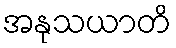
အနုသယာတိ